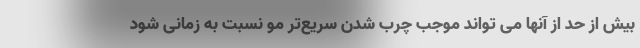
بیش از حد از آنها می تواند موجب چرب شدن سریع‌تر مو نسبت به زمانی شود